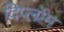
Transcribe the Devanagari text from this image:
दिप्लॉम